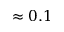
\approx 0 . 1